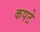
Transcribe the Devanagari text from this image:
कपटे